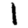
Digit: 1